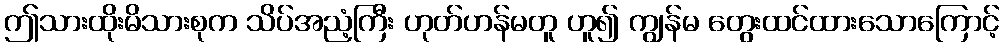
ဤသားထိုးမိသားစုက သိပ်အညံ့ကြီး ဟုတ်ဟန်မတူ ဟူ၍ ကျွန်မ တွေးထင်ထားသောကြောင့်